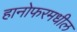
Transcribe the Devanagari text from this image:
हानोफरमधील